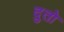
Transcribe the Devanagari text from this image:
दुतो